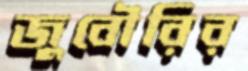
জুবৌরির